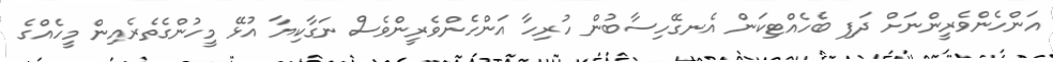
އަންހެންވެރީންނަށް ދަފި ބެހެއްޓިކަން އެނގޭހިސާބުން ހުރިހާ އަންހެންވެރީންވެސް ނަގާކިޔާ އުޅޭ މީހުންގެތެރެއިން މީހެއްގެ